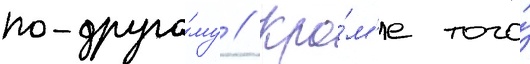
по-друго́му // Кро́м'е того́